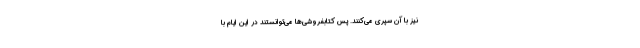
نیز با آن سپری می‌کنند. پس کتابفروشی‌ها می‌توانستند در این ایام با